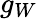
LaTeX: g_{W}